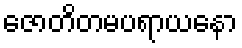
ဇောတိတမပရာယနော